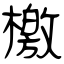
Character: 檄